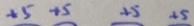
+ 5 + 5 + 5 + 5